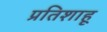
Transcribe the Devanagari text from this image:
प्रतिशाहू